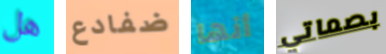
هل ضفادع أنها بصماتي